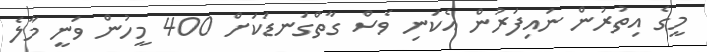
މީގެ އިތުރުން ނައިފަރުން އެކަނި ވެސް ގާތްގަނޑަކަށް 400 މީހުން ވަނީ މާލެ